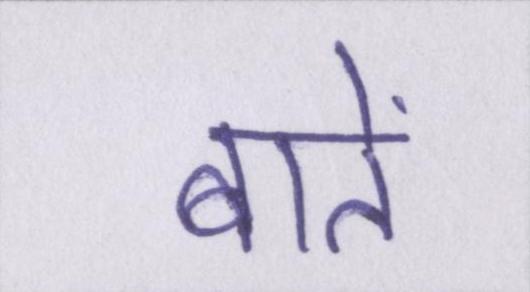
बातें